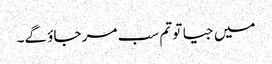
میں جیا تو تم سب مر جاؤ گے۔